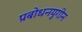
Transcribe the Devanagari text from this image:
प्रबोधनयुगीन